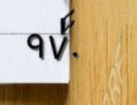
٩٧٠